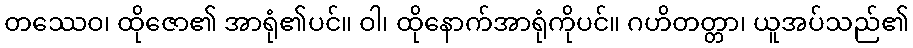
တဿေဝ၊ ထိုဇော၏ အာရုံ၏ပင်။ ဝါ၊ ထိုနောက်အာရုံကိုပင်။ ဂဟိတတ္တာ၊ ယူအပ်သည်၏